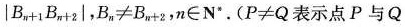
\left | B _ { n + 1 } B _ { n + 2 } \right |$$，$$B _ { n } \neq B _ { n + 2 } , n \in \mathbf { N } ^ { * }$$。($$P \neq Q$$表示点P与Q